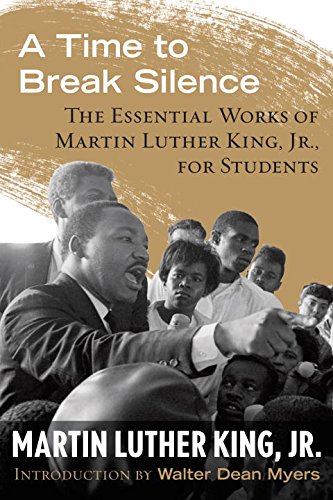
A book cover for A Time to Break Silence: The Essential Works of Martin Luther King, Jr., for Students (King Legacy); Martin Luther King Jr.; Teen & Young Adult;